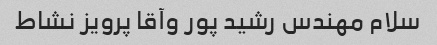
سلام مهندس رشید پور وآقا پرویز نشاط